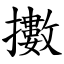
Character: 擻